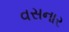
વસનાર